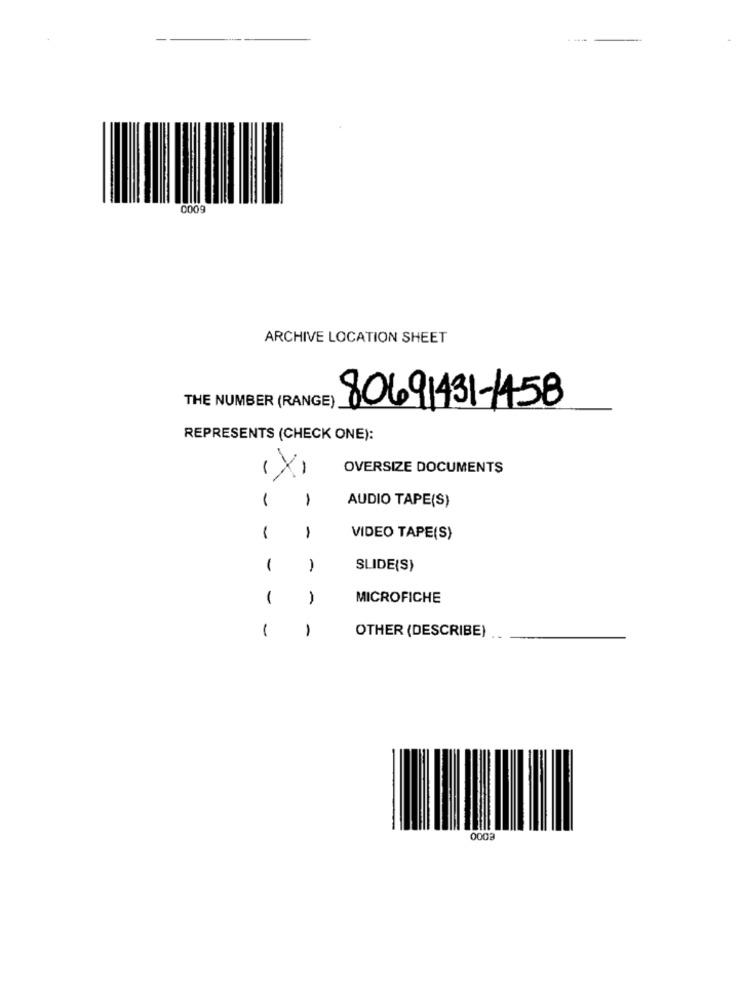
0009
ARCHIVE LOCATION SHEET
THE NUMBER (RANGE)
80691431-1458
REPRESENTS (CHECK ONE):
OVERSIZE DOCUMENTS
1
1
AUDIO TAPE(S)
-
1
VIDEO TAPE(S)
1
1
SLIDE(S)
1
MICROFICHE
1
1
OTHER (DESCRIBE)